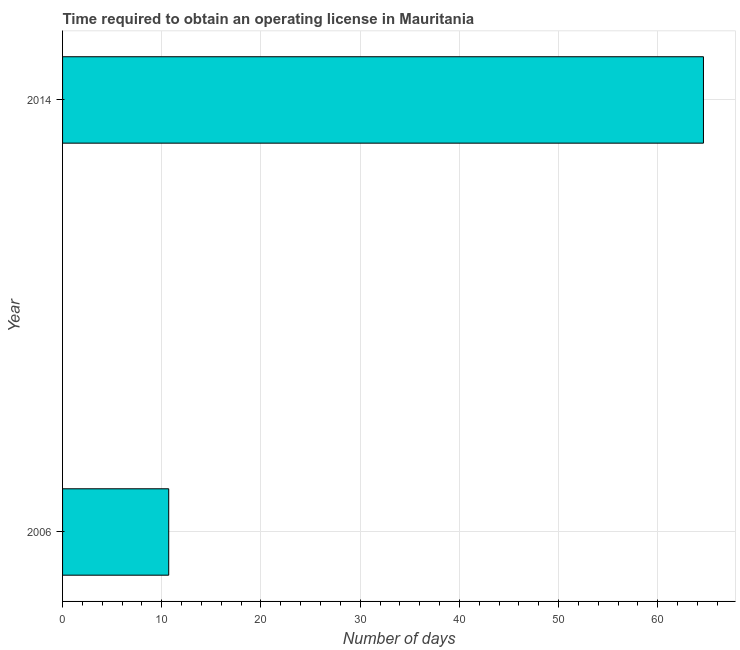
| Year | Obtain operating license |
 | --- | --- |
 | 2006 | 10.7 |
 | 2014 | 64.6 |